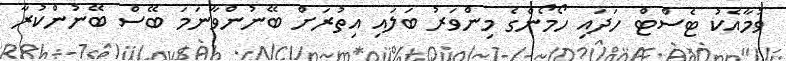
ވުމާއެކު ޓެސްޓް ހަދައި ހޯމޯންގެ މިންވަރު ބަލައި އިތުރަށް ބޭނުންވާނަމަ ބޭސް ބޭނުންކުރާ